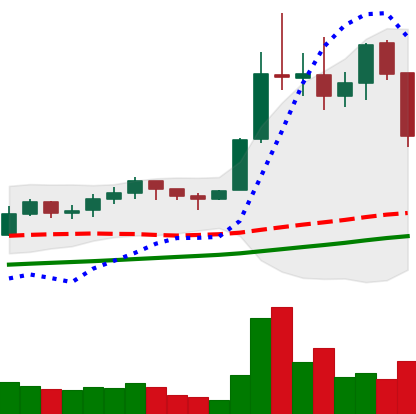
Ticker: LTC-USD
Chart end date: 2021-11-16
Forward return: -3.828%
Label: down_3_5